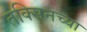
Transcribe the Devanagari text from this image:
तक्सिनच्या